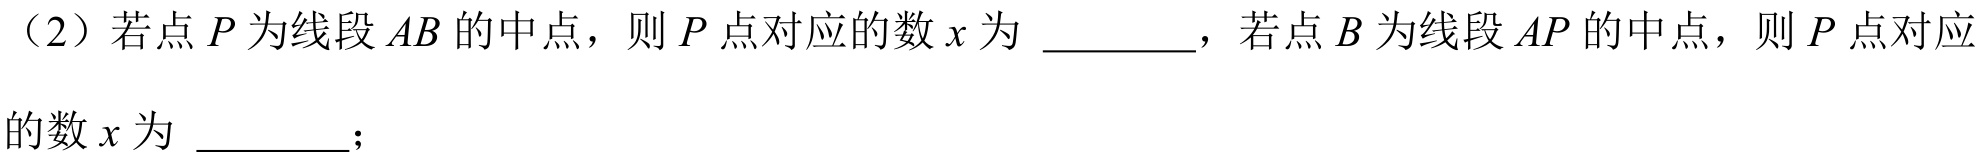
（2）若点\(P\)为线段\(AB\)的中点，则\(P\)点对应的数\(x\)为 \(\underline{\quad\quad}\)，若点\(B\)为线段\(AP\)的中点，则\(P\)点对应的数\(x\)为 \(\underline{\quad\quad}\)；